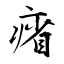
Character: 㾪